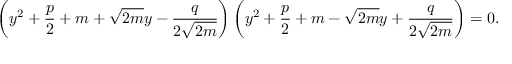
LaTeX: \left( y ^ { 2 } + { \frac { p } { 2 } } + m + { \sqrt { 2 m } } y - { \frac { q } { 2 { \sqrt { 2 m } } } } \right) \left( y ^ { 2 } + { \frac { p } { 2 } } + m - { \sqrt { 2 m } } y + { \frac { q } { 2 { \sqrt { 2 m } } } } \right) = 0 .